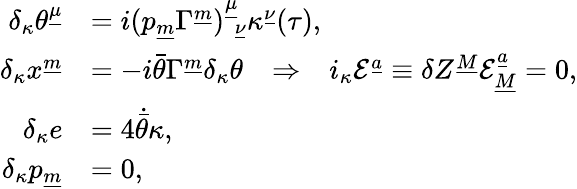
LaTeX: \begin{array}{rl}{{\delta_{\kappa}\theta^{\underline{{{\mu}}}}}}&{{=i(p_{\underline{{m}}}\Gamma^{\underline{{m}}})_{~~\underline{{{\nu}}}}^{\underline{{{\mu}}}}\kappa^{\underline{{{\nu}}}}(\tau),}}\\ {{\delta_{\kappa}x^{\underline{{{m}}}}}}&{{=-i\bar{\theta}\Gamma^{\underline{{{m}}}}\delta_{\kappa}\theta~~~\Rightarrow~~~i_{\kappa}{\cal E}^{\underline{{a}}}\equiv\delta Z^{\underline{{M}}}{\cal E}_{\underline{{M}}}^{\underline{{a}}}=0,}}\\ {{\delta_{\kappa}e}}&{{=4\dot{\bar{\theta}}\kappa,}}\\ {{\delta_{\kappa}p_{\underline{{m}}}}}&{{=0,}}\end{array}